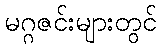
မဂ္ဂဇင်းများတွင်